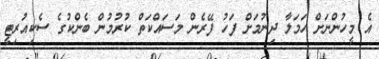
އެ މީހުންނަށް ހަމަލާ ދިނުމަށް ފަހު ފޭރެން މަސައްކަތް ކުރުމުން ބެންކުގެ ސެކިއުރިޓީ